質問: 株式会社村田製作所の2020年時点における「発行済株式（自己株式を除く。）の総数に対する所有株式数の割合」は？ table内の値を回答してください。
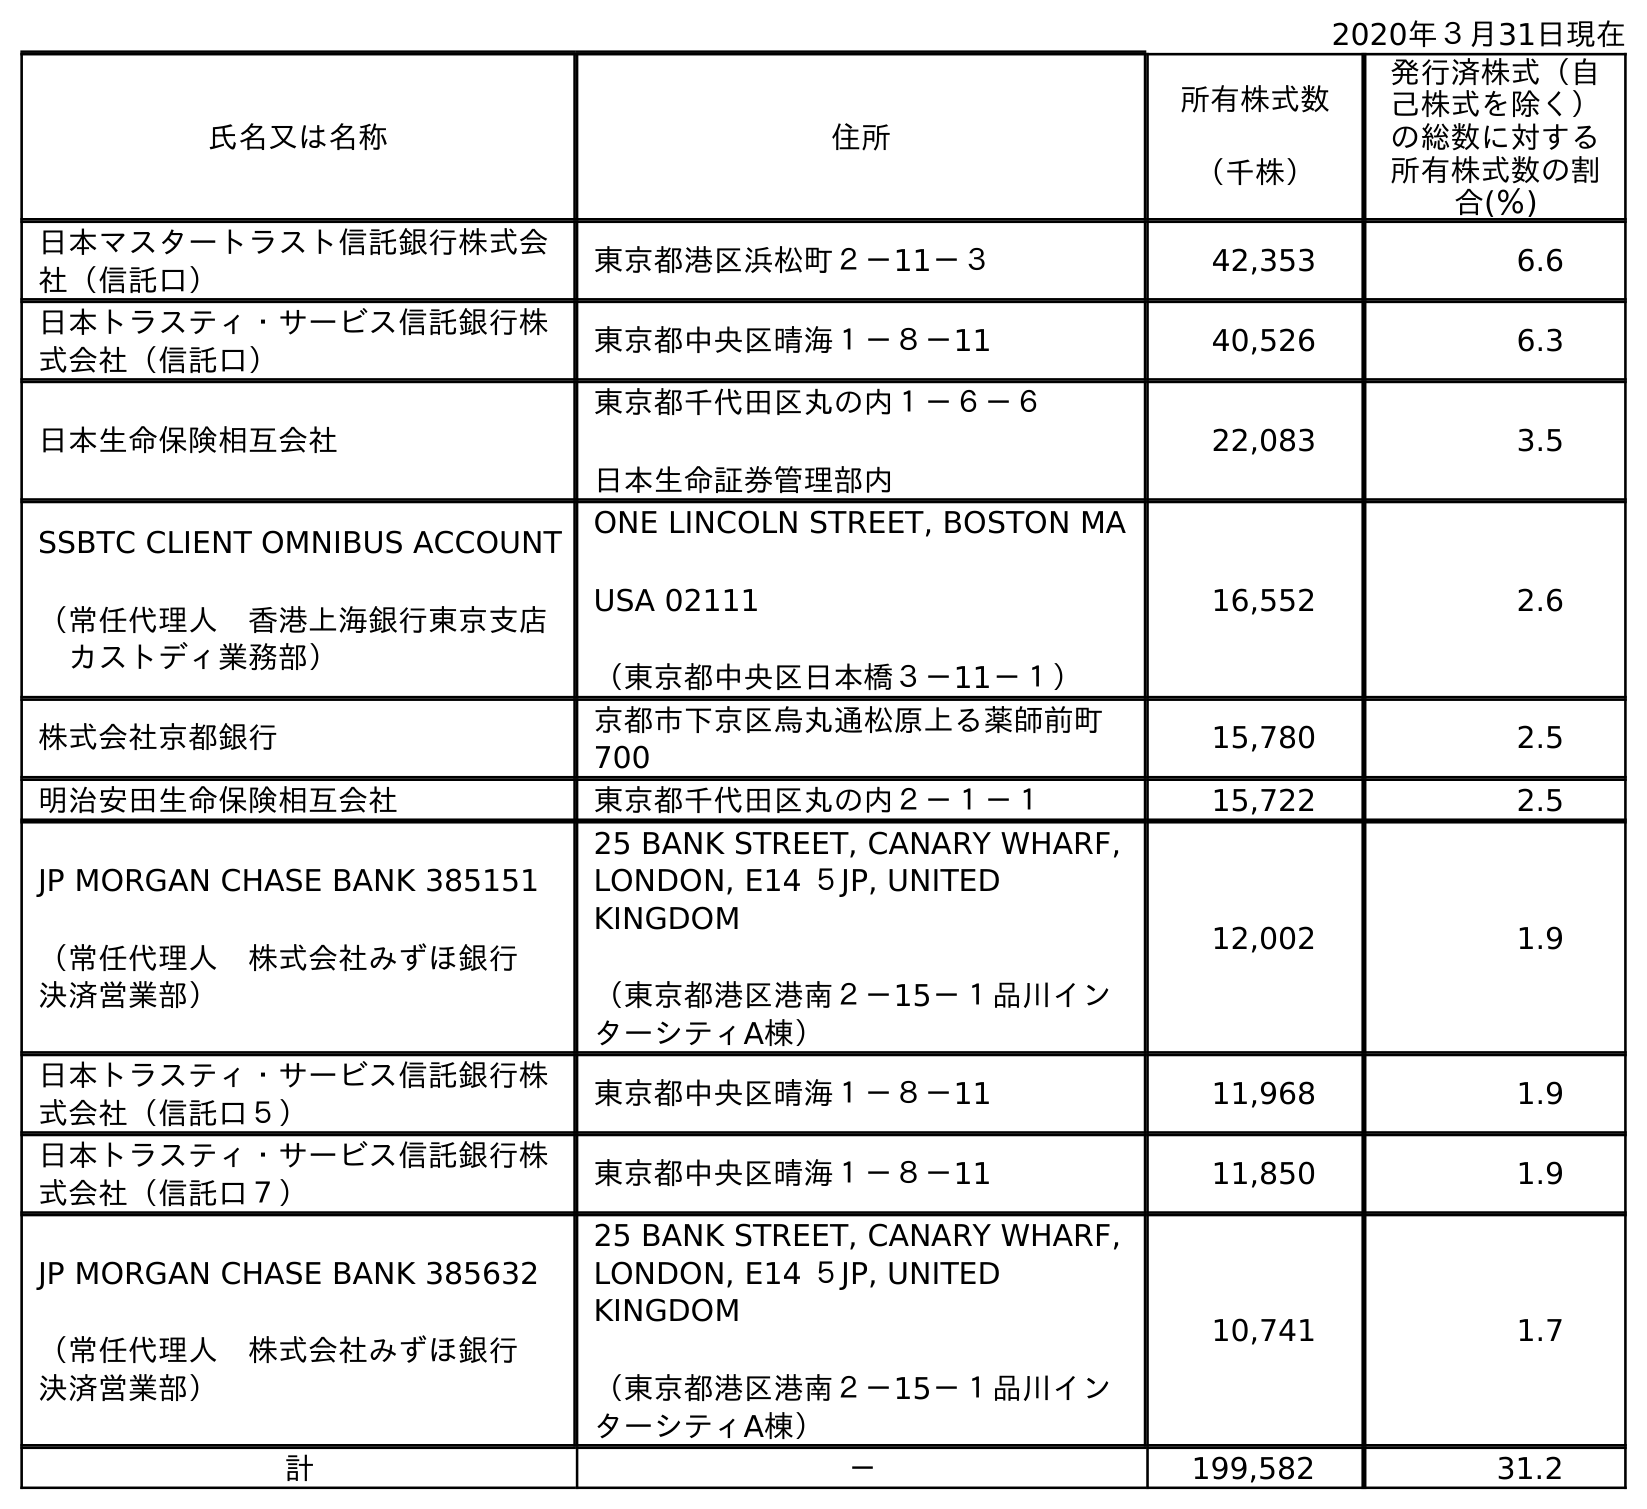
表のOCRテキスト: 2020年３月31日現在 氏名又は名称 住所 所有株式数 （千株） 発行済株式（自 己株式を除く） の総数に対する 所有株式数の割 合(％) 日本マスタートラスト信託銀行株式会 社（信託口） 東京都港区浜松町２－11－３ 42,353 6.6 日本トラスティ・サービス信託銀行株 式会社（信託口） 東京都中央区晴海１－８－11 40,526 6.3 日本生命保険相互会社 東京都千代田区丸の内１－６－６ 日本生命証券管理部内 22,083 3.5 SSBTC CLIENT OMNIBUS ACCOUNT （常任代理人 香港上海銀行東京支店  カストディ業務部） ONE LINCOLN STREET, BOSTON MA USA 02111 （東京都中央区日本橋３－11－１） 16,552 2.6 株式会社京都銀行 京都市下京区烏丸通松原上る薬師前町 700 15,780 2.5 明治安田生命保険相互会社 東京都千代田区丸の内２－１－１ 15,722 2.5 JP MORGAN CHASE BANK 385151 （常任代理人 株式会社みずほ銀行  決済営業部） 25 BANK STREET, CANARY WHARF, LONDON, E14 ５JP, UNITED KINGDOM （東京都港区港南２－15－１品川イン ターシティA棟） 12,002 1.9 日本トラスティ・サービス信託銀行株 式会社（信託口５） 東京都中央区晴海１－８－11 11,968 1.9 日本トラスティ・サービス信託銀行株 式会社（信託口７） 東京都中央区晴海１－８－11 11,850 1.9 JP MORGAN CHASE BANK 385632 （常任代理人 株式会社みずほ銀行  決済営業部） 25 BANK STREET, CANARY WHARF, LONDON, E14 ５JP, UNITED KINGDOM （東京都港区港南２－15－１品川イン ターシティA棟） 10,741 1.7 計 － 199,582 31.2
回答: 31.2